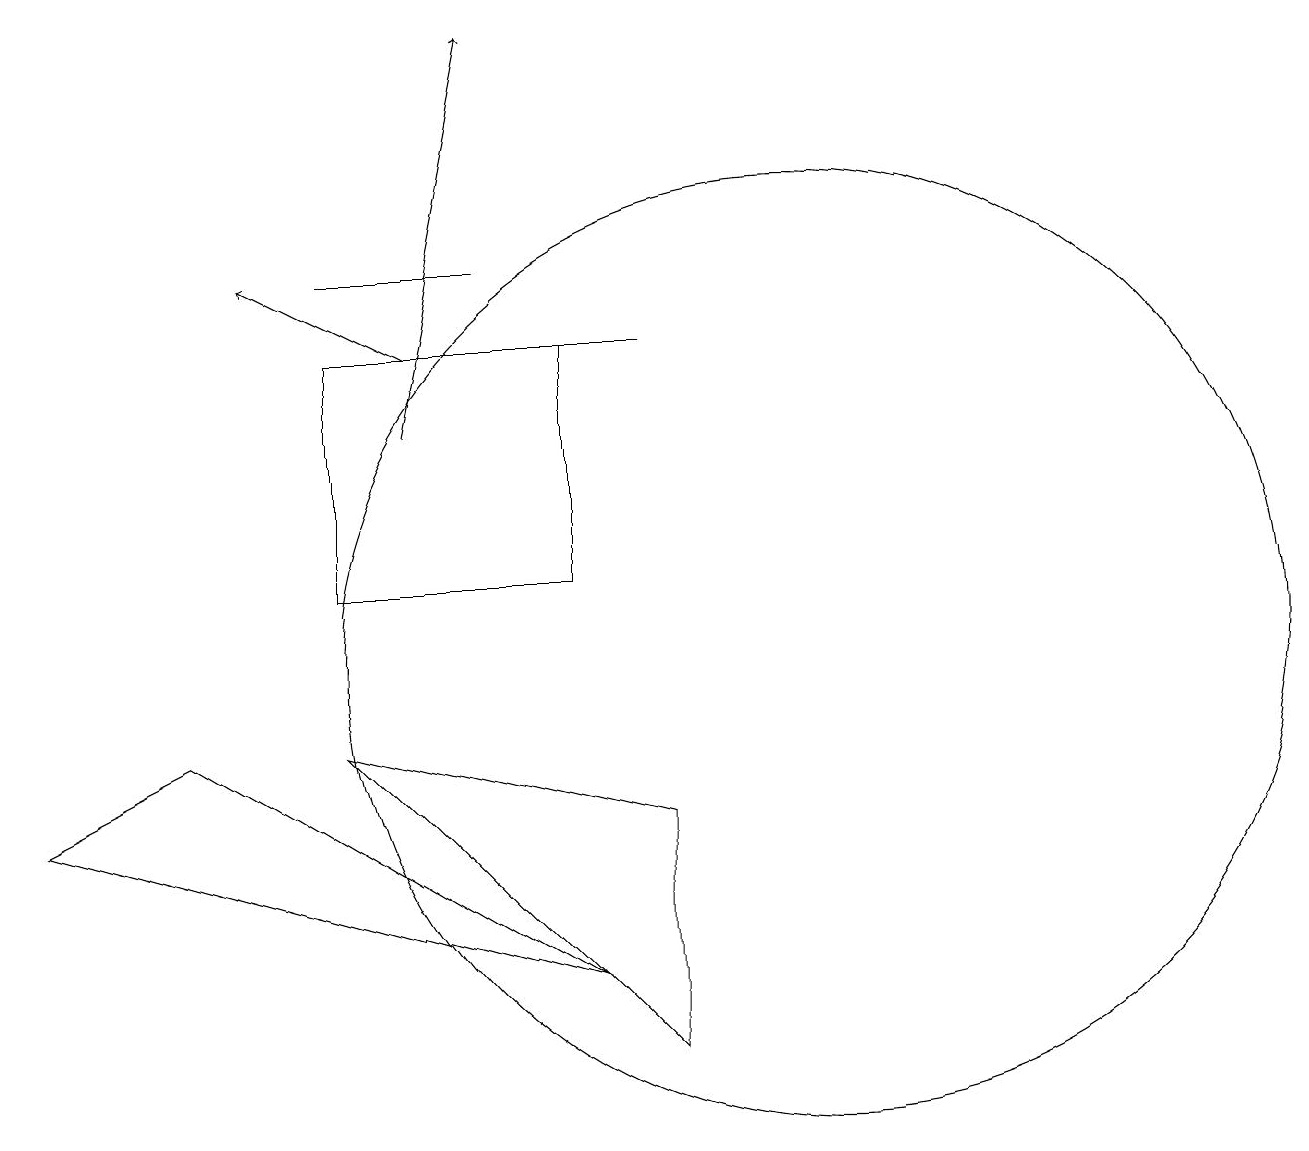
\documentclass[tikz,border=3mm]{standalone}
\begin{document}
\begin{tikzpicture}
\draw (9,8) -- (5,9) -- (9,5) -- cycle;
\draw (8,11) rectangle (5,14);
\draw (11,10) circle (6);
\draw[->] (6,13) -- (7,18);
\draw[->] (6,14) -- (4,15);
\draw (5,15) rectangle (7,15);
\draw (3,9) -- (8,6) -- (1,8) -- cycle;
\draw (6,14) rectangle (9,14);
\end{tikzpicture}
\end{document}